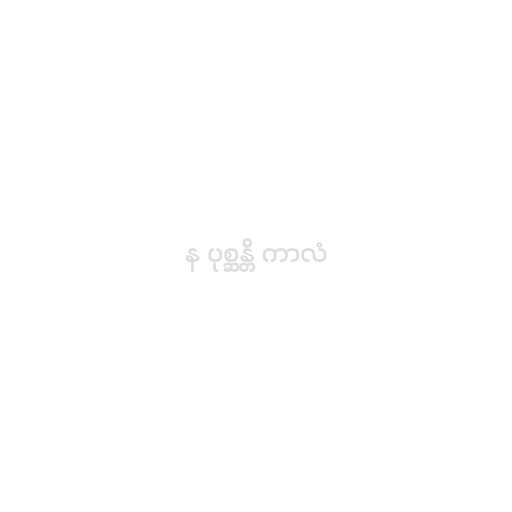
န ပုစ္ဆန္တိ ကာလံ